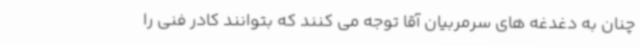
چنان به دغدغه های سرمربیان آقا توجه می کنند که بتوانند کادر فنی را